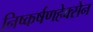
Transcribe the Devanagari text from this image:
निष्कर्षणहेक्सेन